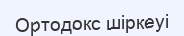
Ортодокс шіркеуі